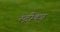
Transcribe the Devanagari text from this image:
स्ट्रोका